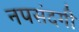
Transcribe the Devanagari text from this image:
नपसंदगी